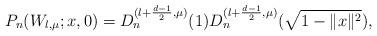
LaTeX: \begin{align*}P_n(W_{\l,\mu}; x, 0) = D_n^{(\l+\frac{d-1}{2},\mu)} (1)D_n^{(\l+\frac{d-1}{2},\mu)} (\sqrt{1-\|x\|^2}),\end{align*}